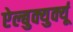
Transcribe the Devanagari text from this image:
ऐल्बुक्युर्क्यू